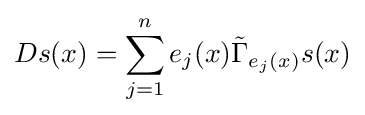
Ds(x)=\sum _{j=1}^{n}e_{j}(x){\tilde {\Gamma }}_{e_{j}(x)}s(x)